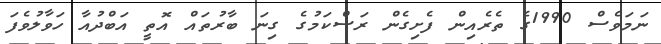
ނަމަވެސް 1990ގެ ތެރެއިން ފެށިގެން ރަސްކަމުގެ ގިނަ ބާރުތައް އޮތީ އަބްދުއާ ހަވާލުވެފަ